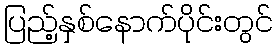
ပြည့်နှစ်နောက်ပိုင်းတွင်